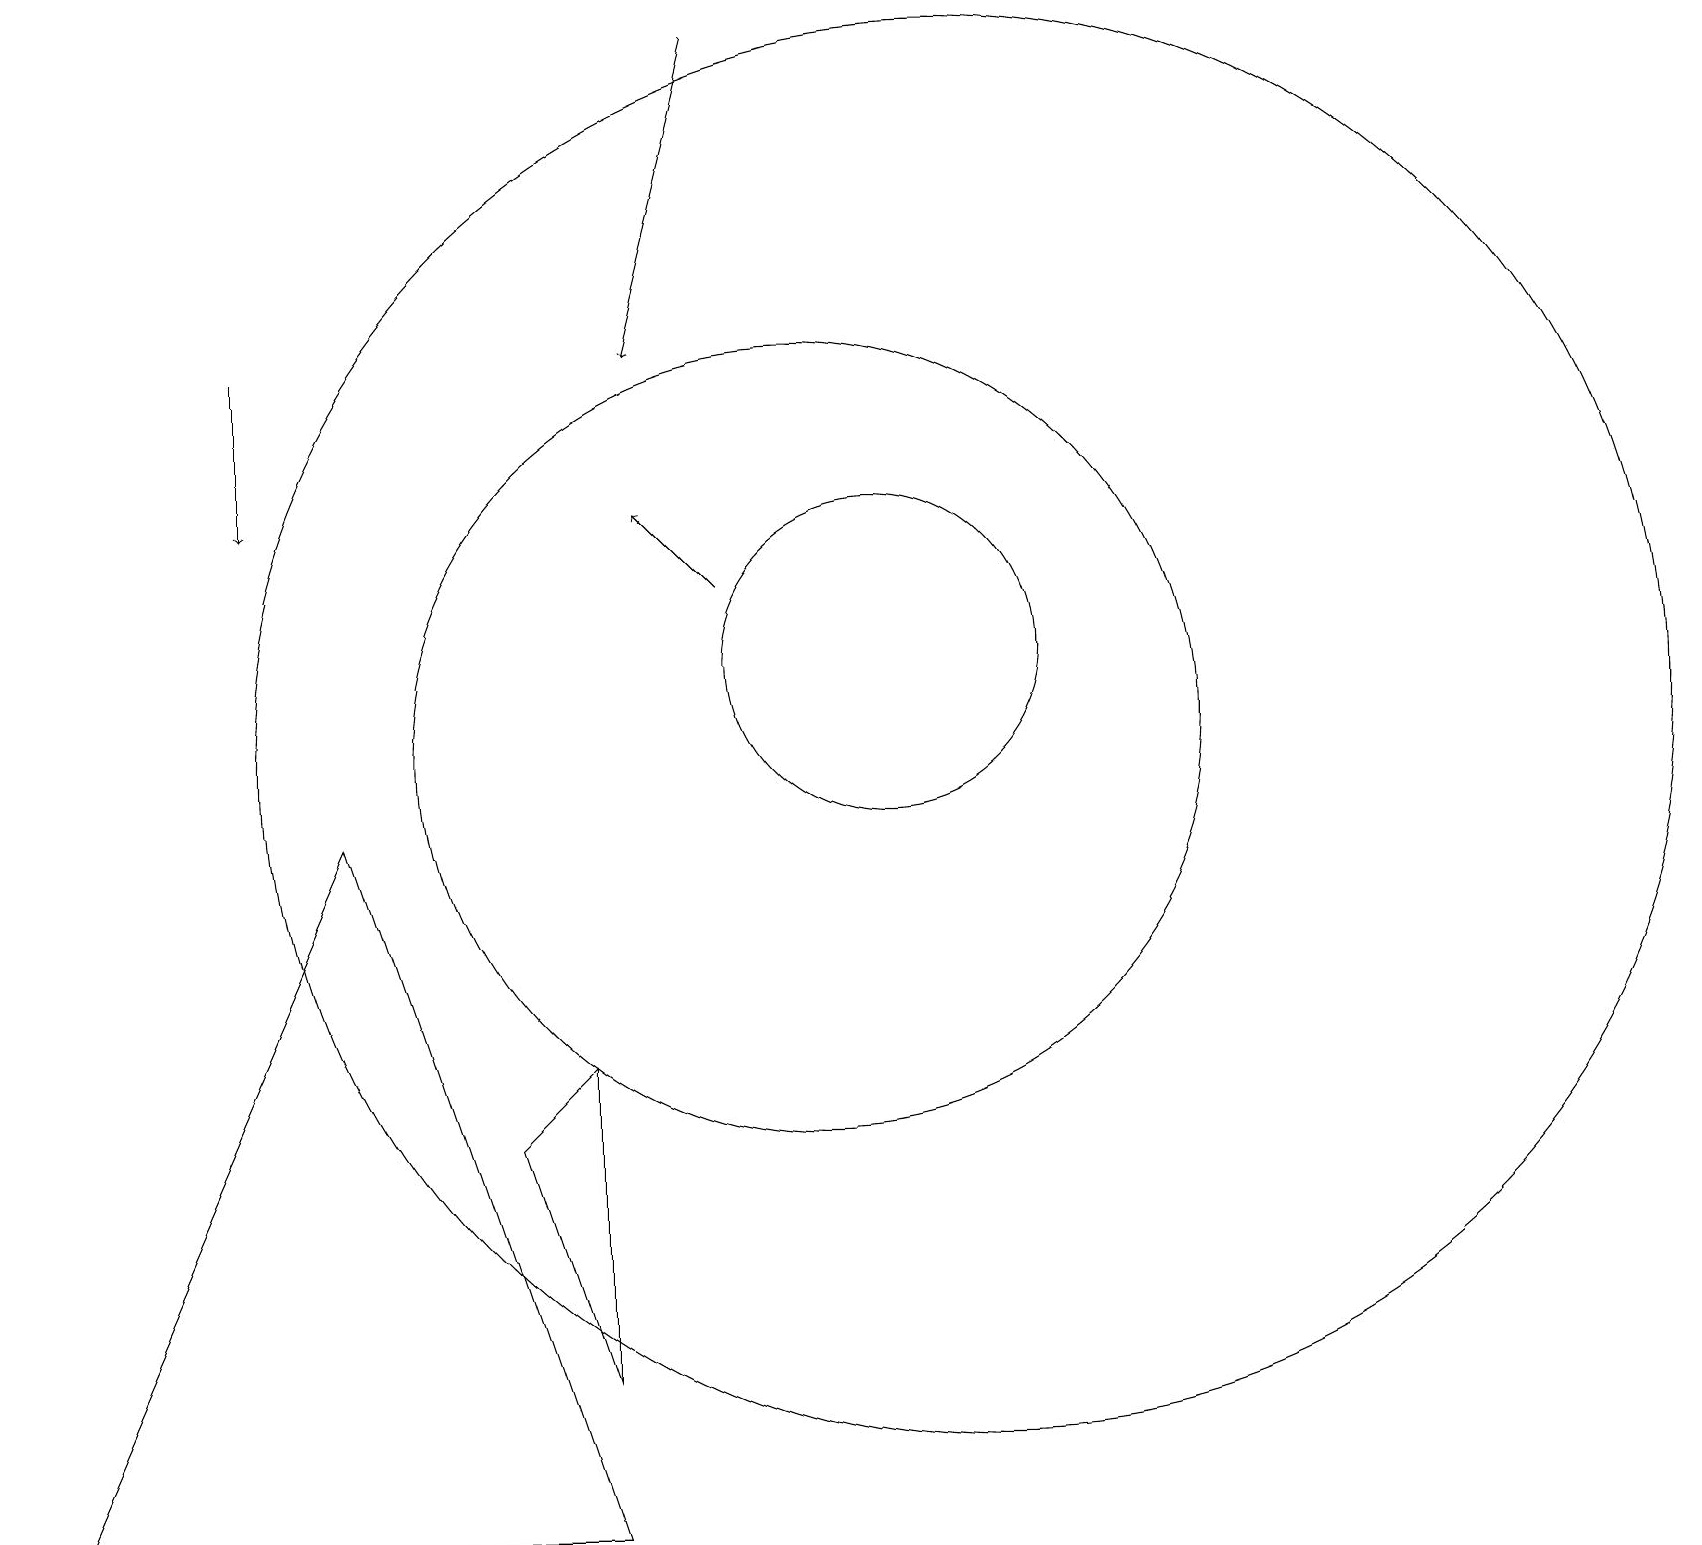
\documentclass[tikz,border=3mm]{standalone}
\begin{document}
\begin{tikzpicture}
\draw (4,9) -- (0,0) -- (7,0) -- cycle;
\draw (12,10) circle (9);
\draw[->] (9,12) -- (8,13);
\draw (11,11) circle (2);
\draw[->] (9,19) -- (8,15);
\draw (10,10) circle (5);
\draw (7,6) -- (7,2) -- (6,5) -- cycle;
\draw[->] (3,15) -- (3,13);
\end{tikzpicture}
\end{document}